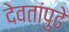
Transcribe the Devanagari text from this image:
देवतांपुढे